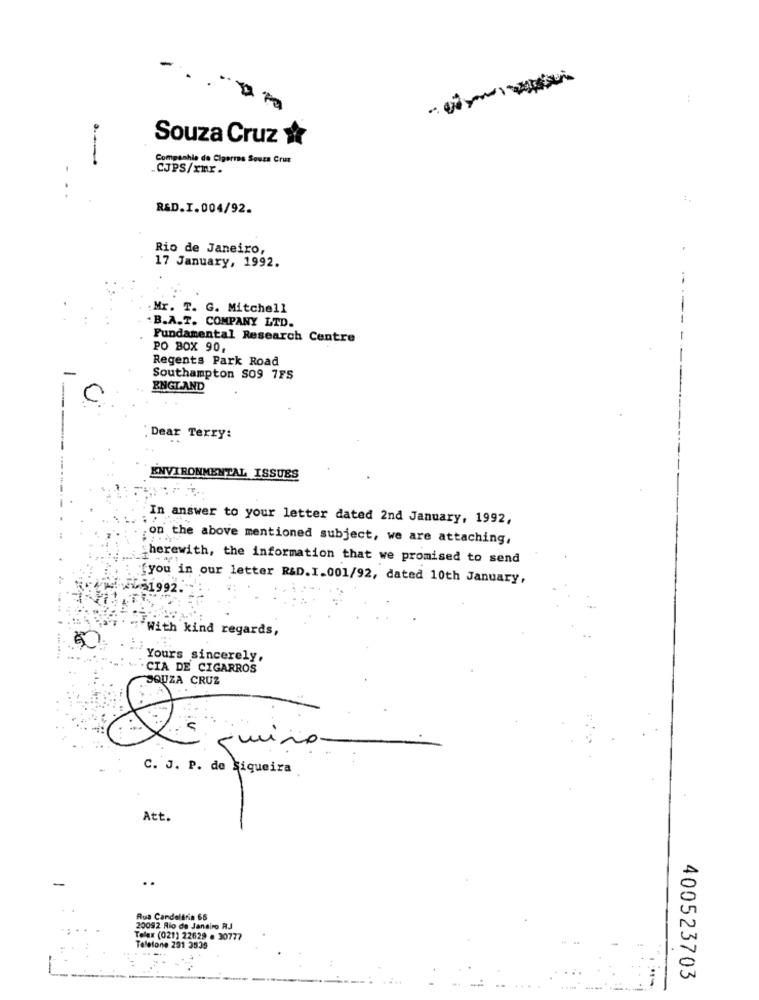
-
Souza Cruz &
Companhia de Cigarros Souza Cruz
CJPS/rmr.
R&D.I.004/92.
Rio de Janeiro,
17 January, 1992.
Mr. T. G. Mitchell
B.A.T. COMPANY LTD.
Fundamental Research Centre
PO BOX 90,
Regents Park Road
Southampton S09 7FS
ENGLAND
C
-
Dear Terry:
ENVIRONMENTAL ISSUES
In answer to your letter dated 2nd January, 1992,
on the above mentioned subject, we are attaching,
herewith, the information that we promised to send
fyou in our letter R&D. I.001/92, dated 10th January,
1992
With kind regards,
00
Yours sincerely,
CIA DE CIGARROS
SOUZA CRUZ
quino
C. J. P. de Siqueira
Att.
Rua Candelfria 66
20092 Rio de Janeiro RJ
Telex (021) 22629 . 30777
Telefone 291 3539
400523703